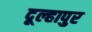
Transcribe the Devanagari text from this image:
दूल्हापुर